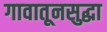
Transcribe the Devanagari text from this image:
गावातूनसुद्धा